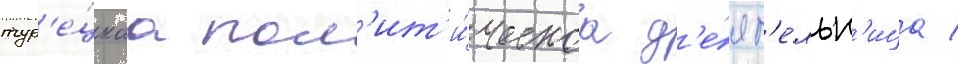
тур'е́цкаа пол'ит'и́ческаа д'е́ят'ельн'ица /